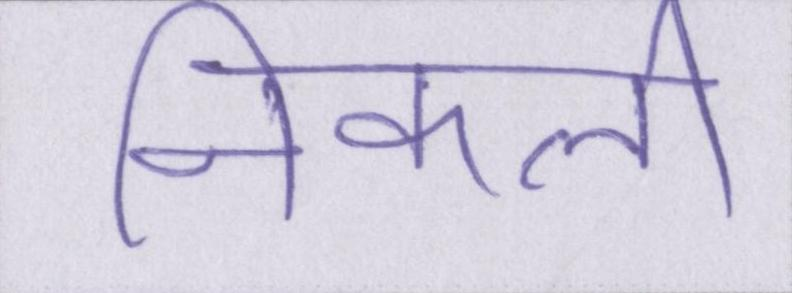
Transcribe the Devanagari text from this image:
निकली